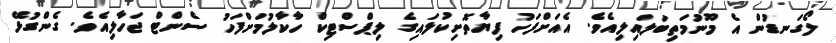
ލޯގަނޑުން އެ މޫނުމަތިބަލައިލިއެވެ. އެއަށްފަހު ފިޔާތޮށިކުލައިގެ ލިޕްސްޓިކް ހާކާލުމަށްފަހު ސެންޓް ޖަހާލިއެވެ. ގެންގުޅޭ